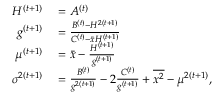
\begin{array} { r l } { H ^ { ( t + 1 ) } } & { { } = A ^ { ( t ) } } \\ { g ^ { ( t + 1 ) } } & { { } = \frac { B ^ { ( t ) } - H ^ { 2 ( t + 1 ) } } { C ^ { ( t ) } - \bar { x } H ^ { ( t + 1 ) } } } \\ { \mu ^ { ( t + 1 ) } } & { { } = \bar { x } - \frac { H ^ { ( t + 1 ) } } { g ^ { ( t + 1 ) } } } \\ { \sigma ^ { 2 ( t + 1 ) } } & { { } = \frac { B ^ { ( t ) } } { g ^ { 2 ( t + 1 ) } } - 2 \frac { C ^ { ( t ) } } { g ^ { ( t + 1 ) } } + \overline { { x ^ { 2 } } } - \mu ^ { 2 ( t + 1 ) } , } \end{array}